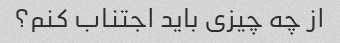
از چه چیزی باید اجتناب کنم؟